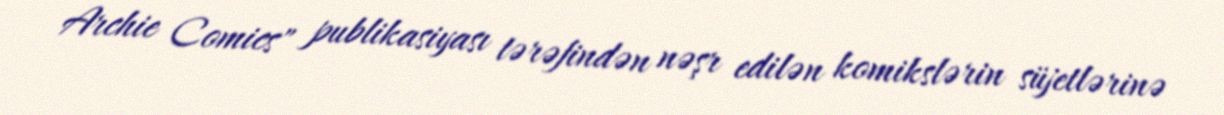
Archie Comics" publikasiyası tərəfindən nəşr edilən komikslərin süjetlərinə